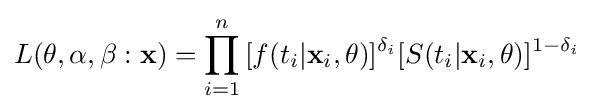
L(\mathbf {\theta } ,\alpha ,\beta :{\mathbf {x} })=\prod _{i=1}^{n}{[f(t_{i}|\mathbf {x} _{i},\mathbf {\theta } )]^{\delta _{i}}[S(t_{i}|\mathbf {x} _{i},\mathbf {\theta } )]^{1-\delta _{i}}}